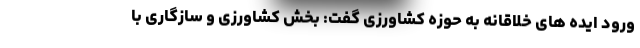
ورود ایده های خلاقانه به حوزه کشاورزی گفت: بخش کشاورزی و سازگاری با